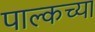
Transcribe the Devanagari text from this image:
पाल्कच्या